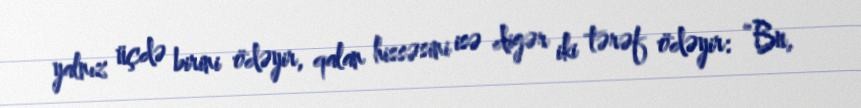
yalnız üçdə birini ödəyir, qalan hissəsini isə digər iki tərəf ödəyir: “Bu,